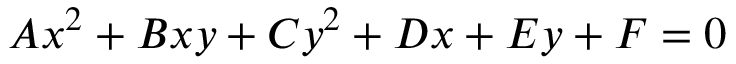
A x ^ { 2 } + B x y + C y ^ { 2 } + D x + E y + F = 0